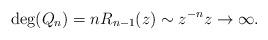
LaTeX: \begin{align*}\deg(Q_n)=n R_{n-1}(z)\sim z^{-n} z\to\infty.\end{align*}